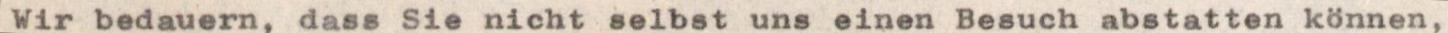
Wir bedauern, dass Sie nicht selbst uns einen Besuch abstatten können,